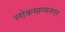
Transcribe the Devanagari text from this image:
लोकमान्यनगर